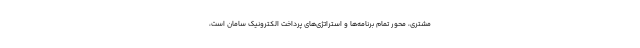
مشتری، محور تمام برنامه‌ها و استراتژی‌های پرداخت الکترونیک سامان است،